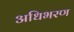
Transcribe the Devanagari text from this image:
अधिभरण